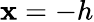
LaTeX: \mathbf{x}=-h